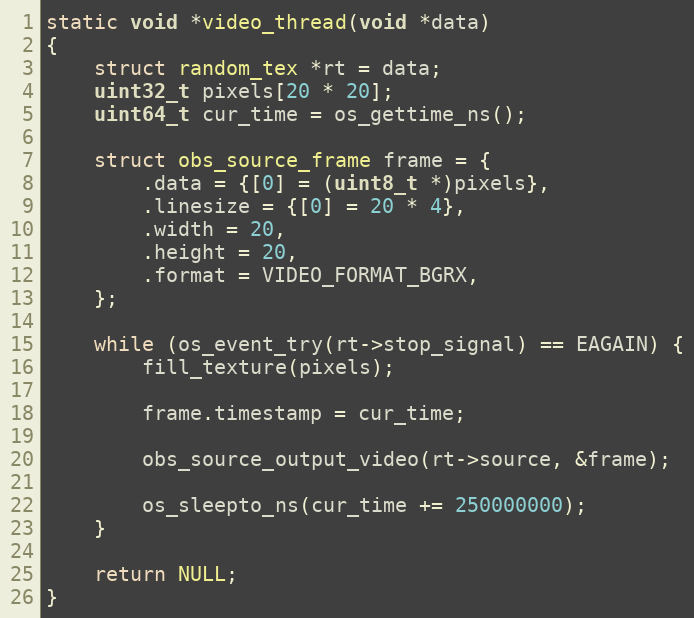
Language: C
static void *video_thread(void *data)
{
	struct random_tex *rt = data;
	uint32_t pixels[20 * 20];
	uint64_t cur_time = os_gettime_ns();

	struct obs_source_frame frame = {
		.data = {[0] = (uint8_t *)pixels},
		.linesize = {[0] = 20 * 4},
		.width = 20,
		.height = 20,
		.format = VIDEO_FORMAT_BGRX,
	};

	while (os_event_try(rt->stop_signal) == EAGAIN) {
		fill_texture(pixels);

		frame.timestamp = cur_time;

		obs_source_output_video(rt->source, &frame);

		os_sleepto_ns(cur_time += 250000000);
	}

	return NULL;
}